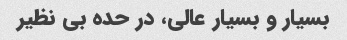
بسیار و بسیار عالی، در حده بی نظیر